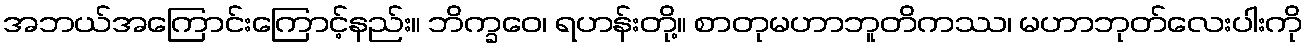
အဘယ်အကြောင်းကြောင့်နည်း။ ဘိက္ခဝေ၊ ရဟန်းတို့။ စာတုမဟာဘူတိကဿ၊ မဟာဘုတ်လေးပါးကို